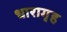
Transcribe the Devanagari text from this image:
धारागृह